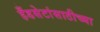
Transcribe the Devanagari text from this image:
हँडसेटांसाठीच्या